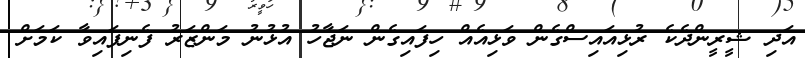
އަދި ޝީރީންދެކެ ރުޅިއައިސްގެން ވަޅިއެއް ހިފައިގެން ނަޖާހު އުޅުނު މަންޒަރު ފެނިފައިވާ ކަމަށް